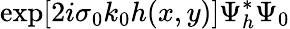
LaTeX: \exp[2i\sigma_{0}k_{0}h(x,y)]\Psi_{h}^{*}\Psi_{0}